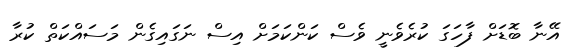
އޭނާ ބޮޑަށް ފާހަގަ ކުރެވެނީ ވެސް ކަންކަމަށް އިސް ނަގައިގެން މަސައްކަތް ކުރާ